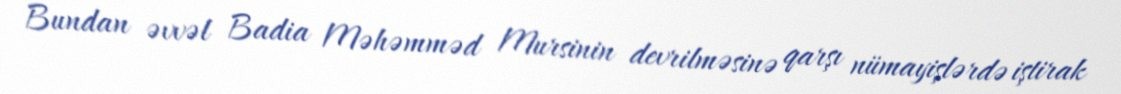
Bundan əvvəl Badia Məhəmməd Mursinin devrilməsinə qarşı nümayişlərdə iştirak